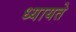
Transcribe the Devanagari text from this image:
ध्यायते